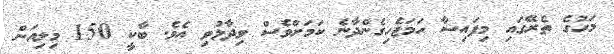
މަހުގެ ތެރޭގައި މިފައިސާ ހަމަޖެހިގެންދާނެ ކަމަށްވެސް ވިދާޅުވި އެވެ. ބާކީ 150 މިލިއަން